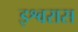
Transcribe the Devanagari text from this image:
इश्वरास